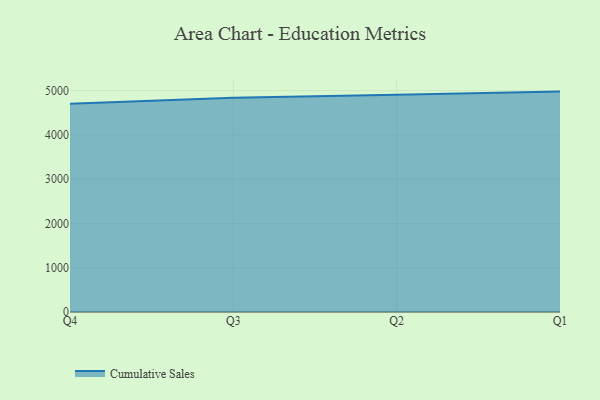
{"axis": {"x": "Quarter", "y": "LTV (USD)"}, "legend": ["Cumulative Sales"], "data": [{"x": "Q4", "y": 4705.9, "type": "Cumulative Sales"}, {"x": "Q3", "y": 4841.3, "type": "Cumulative Sales"}, {"x": "Q2", "y": 4904.7, "type": "Cumulative Sales"}, {"x": "Q1", "y": 4978.5, "type": "Cumulative Sales"}]}